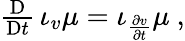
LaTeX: \begin{array}{r}{\frac{\mathrm{D}}{\mathrm{D}t}\, \iota_{v}\mu=\iota_{\frac{\partial v}{\partial t}}\mu\ ,}\end{array}